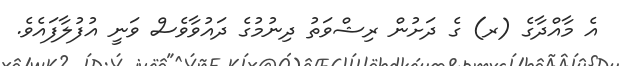
އެ މާއްދާގެ (ރ) ގެ ދަށުން ރިޝްވަތު ދިނުމުގެ ދައުވާވެސް ވަނީ އުފުލާފައެވެ.